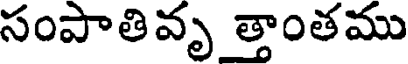
సంపాతివృ త్తాంతము